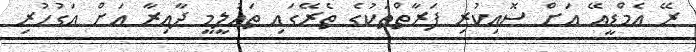
ރޭ އެމްޑީއޭ އަށް ސޮއިކުރި ފަރާތްތަކުގެ ތެރޭގައި ތައުލީމީ ދާއިރާ އަށް އަގުހުރި